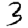
Digit: 3